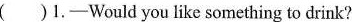
( )1.---Would you like something to drink?